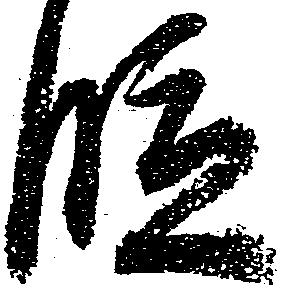
段